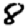
Digit: 8